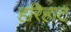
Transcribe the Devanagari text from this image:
हरिहाट